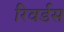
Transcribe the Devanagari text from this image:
रिवर्डस